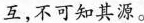
互，不可知其源。